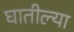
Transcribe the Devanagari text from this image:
घातील्या